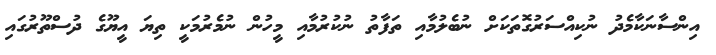
އިންސާނަކާމެދު ނުކިއްސަރުގޮތަކަށް ނުބެލުމާއި ތަފާތު ނުކުރުމާއި މީހުން ނުމެރުމަކީ ތިޔަ އީޔޫގެ ދުސްތޫރުގައި